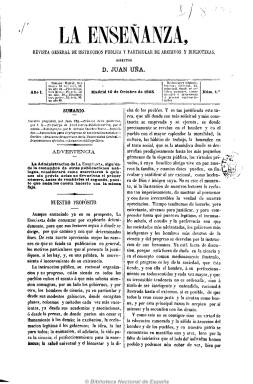
Título: La Enseñanza (Madrid. 1865)
Colección: Educación
Ámbito geográfico: Madrid
Lugar de publicación: Madrid
Fechas: 10/10/1865-25/06/1868

Subtitulada “revista general de instrucción pública y particular de archivos y bibliotecas”, es obra de la voluntad de reforma pedagógica del extremeño Juan Uña Gómez (1838-1909), uno de los más fervorosos discípulos de Julián Sanz del Río, y miembro por tanto de la segunda generación del krausismo español, junto a Francisco Giner de los Ríos y Fernando de Castro, entre otros, quienes fundarán la Institución Libre de Enseñanza, de la que Uña llegará a ser rector.

Con periodicidad quincenal, comienza a publicarla Uña como su editor responsable y director a partir del diez de octubre de 1865, con el propósito de que sirva de foro de debate de las nuevas ideas reformistas en la enseñanza y la educación, precisamente en un momento en que se planteará en España por vez primera la “cuestión universitaria”.

En números de dieciséis páginas, y algún suplemento, cada entrega comienza con una Crónica quincenal de actualidad sobre las materias de que trata, tanto de la instrucción pública y enseñanza en sus tres niveles (primaria, secundaria y universitaria) como del mundo de las bibliotecas públicas y del cuerpo de bibliotecarios y archiveros. Le sigue una sección denominada Remitidos, a través de la que profesores de institutos y de otros centros educativos ofrecen sus puntos vista sobre la reforma educativa; así como otras referidas a disposiciones legales y anuncios bibliográficos. Inserta artículos doctrinales y teóricos, discursos y memorias.

Tras publicar 66 números se despide el 25 de junio de 1868, anunciado que reanudará su edición al comenzar el nuevo curso. Sin embargo, tras la Septembrina, Uña Gómez, que también realiza su labor periodística en periódicos como La democracia, La discusión y El imparcial, editará en su lugar un nuevo título: Revista de instrucción pública, durante los últimos tres meses de ese año.